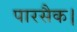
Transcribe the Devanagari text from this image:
पारसैक।